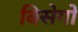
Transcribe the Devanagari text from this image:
बिसेगो